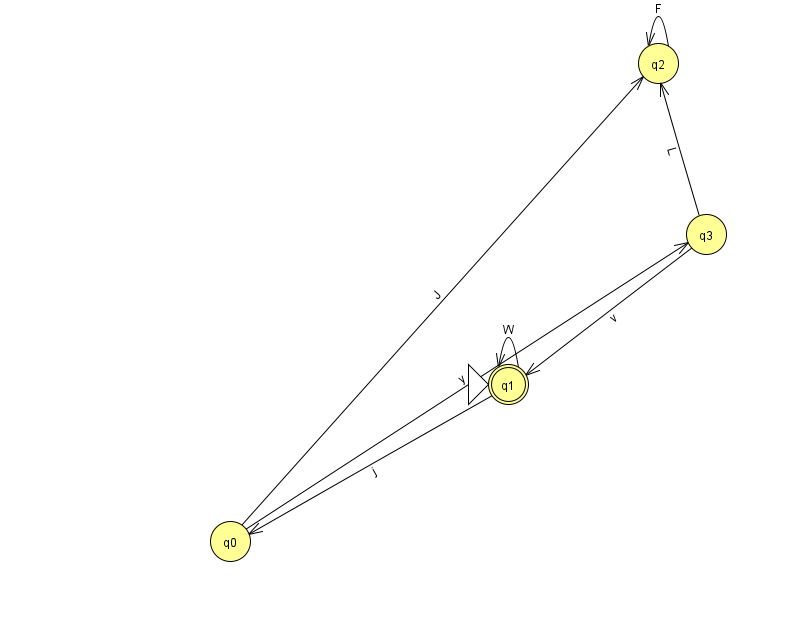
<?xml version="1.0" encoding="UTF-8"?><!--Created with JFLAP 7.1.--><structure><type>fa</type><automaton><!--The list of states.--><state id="0" name="q0"><x>230.0</x><y>528.0</y></state><state id="1" name="q1"><x>508.0</x><y>371.0</y><initial/><final/></state><state id="2" name="q2"><x>658.0</x><y>50.0</y></state><state id="3" name="q3"><x>706.0</x><y>221.0</y></state><!--The list of transitions.--><transition><from>0</from><to>3</to><read>y</read></transition><transition><from>3</from><to>1</to><read>v</read></transition><transition><from>3</from><to>2</to><read>L</read></transition><transition><from>1</from><to>0</to><read>j</read></transition><transition><from>2</from><to>2</to><read>F</read></transition><transition><from>1</from><to>1</to><read>W</read></transition><transition><from>0</from><to>2</to><read>J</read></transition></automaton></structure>